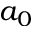
a _ { 0 }